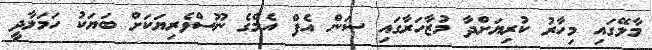
މާލޭގައި މިހާރު ކުރިޔަށްދާ މުޒާހަރާގައި ސަން އެފް އެމްގެ ނޫސްވެރިޔަކަށް ބަޔަކު ހަމަލާދީ